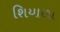
શિયાળા